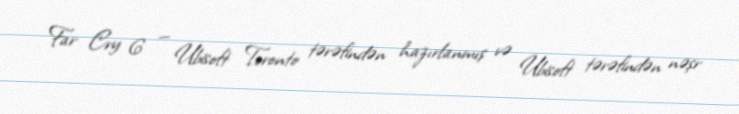
Far Cry 6 — Ubisoft Toronto tərəfindən hazırlanmış və Ubisoft tərəfindən nəşr